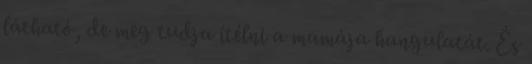
látható, de meg tudja ítélni a mamája hangulatát. És